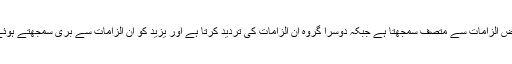
ایک گروہ یزیدؒ کو انہی بعض الزامات سے متصف سمجھتا ہے جبکہ دوسرا گروہ ان الزامات کی تردید کرتا ہے اور یزیدؒ کو ان الزامات سے بری سمجھتے ہوئے ان کا دفاع کرتا رہا ہے۔